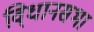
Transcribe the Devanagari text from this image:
वि्धानसभा